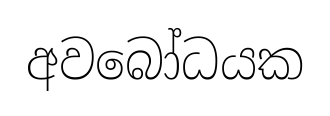
අවබෝධයක